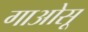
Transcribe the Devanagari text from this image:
गाओसू